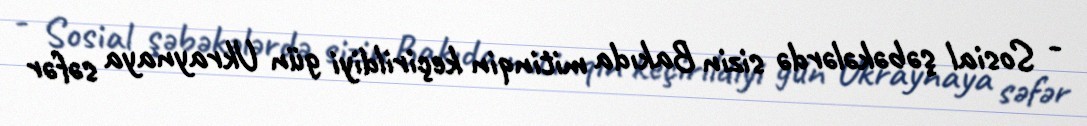
- Sosial şəbəkələrdə sizin Bakıda mitinqin keçirildiyi gün Ukraynaya səfər